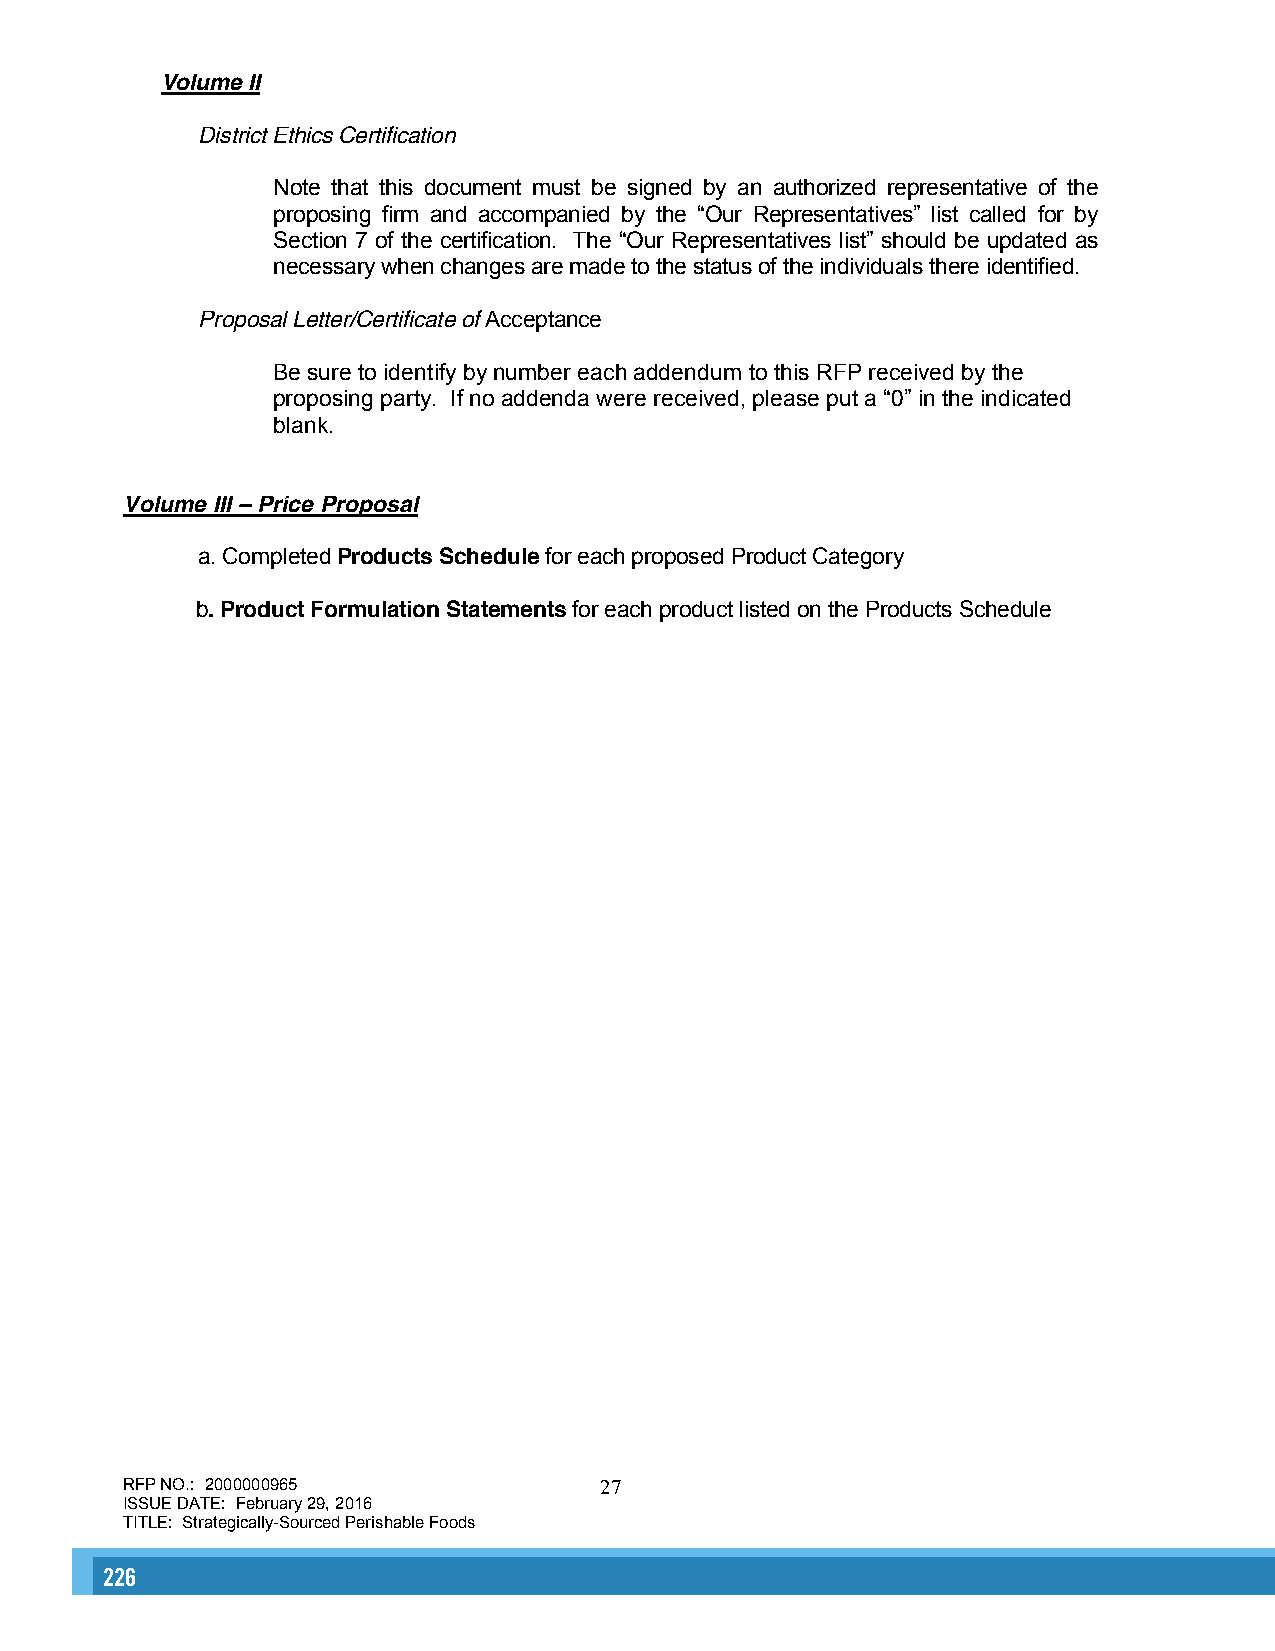
Volume II
 District Ethics Certification
 Note that this document must be signed by an authorized representative of the
 proposing firm and accompanied by the “Our Representatives” list called for by
 Section 7 of the certification. The “Our Representatives list” should be updated as
 necessary when changes are made to the status of the individuals there identified.
 Proposal Letter/Certificate of Acceptance
 Be sure to identify by number each addendum to this RFP received by the
 proposing party. If no addenda were received, please put a “0” in the indicated
 blank.
 Volume III – Price Proposal
 a. Completed Products Schedule for each proposed Product Category
 b. Product Formulation Statements for each product listed on the Products Schedule
 RFP NO.: 2000000965             27
 ISSUE DATE: February 29, 2016
 TITLE: Strategically-Sourced Perishable Foods
 226                                                                                                                                                      227